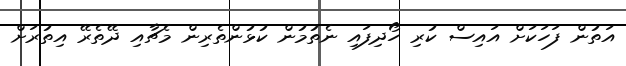
އަތުން ފަހަކަށް އައިސް ކުރި ހޯދިފައި ނެތުމުން ކުޅުންތެރިން މެޗާއި ދޭތެރޭ އިތުރަށް